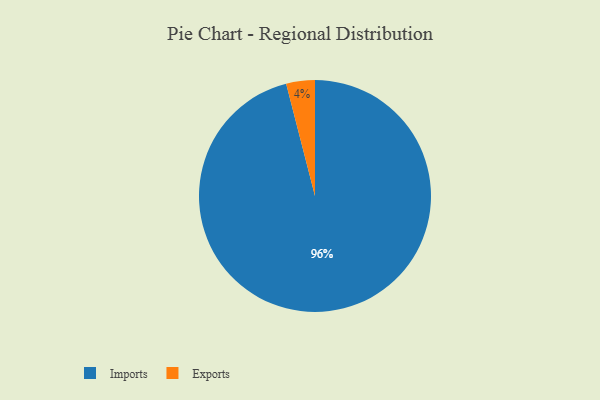
{"axis": {"x": "Category", "y": "Percentage"}, "legend": ["Exports", "Imports"], "data": [{"x": "Imports", "y": 96, "type": "Imports"}, {"x": "Exports", "y": 4, "type": "Exports"}]}